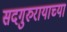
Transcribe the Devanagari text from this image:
सदगुरुरायाच्या